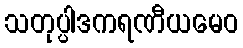
သတုပ္ပါဒကရဏီယမေဝ